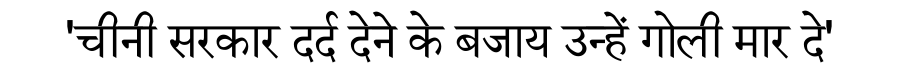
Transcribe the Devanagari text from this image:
'चीनी सरकार दर्द देने के बजाय उन्हें गोली मार दे'